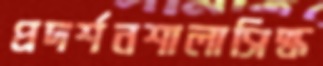
প্রদর্শনশালাসিদ্ধ